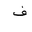
Letter: _fa